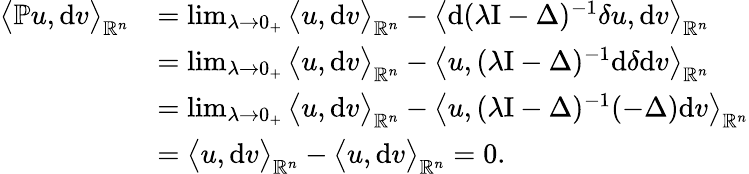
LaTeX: \begin{array}{rl}{\big\langle{\mathbb{P}}u,\mathrm{d}v\big\rangle_{\mathbb{R}^{n}}}&{=\operatorname*{lim}_{\lambda\rightarrow 0_{+}}\big\langle u,\mathrm{d}v\big\rangle_{\mathbb{R}^{n}}-\big\langle\mathrm{d}(\lambda\mathrm{I}-\Delta)^{-1}\delta u,\mathrm{d}v\big\rangle_{\mathbb{R}^{n}}}\\ &{=\operatorname*{lim}_{\lambda\rightarrow 0_{+}}\big\langle u,\mathrm{d}v\big\rangle_{\mathbb{R}^{n}}-\big\langle u,(\lambda\mathrm{I}-\Delta)^{-1}\mathrm{d}\delta\mathrm{d}v\big\rangle_{\mathbb{R}^{n}}}\\ &{=\operatorname*{lim}_{\lambda\rightarrow 0_{+}}\big\langle u,\mathrm{d}v\big\rangle_{\mathbb{R}^{n}}-\big\langle u,(\lambda\mathrm{I}-\Delta)^{-1}(-\Delta)\mathrm{d}v\big\rangle_{\mathbb{R}^{n}}}\\ &{=\big\langle u,\mathrm{d}v\big\rangle_{\mathbb{R}^{n}}-\big\langle u,\mathrm{d}v\big\rangle_{\mathbb{R}^{n}}=0\mathrm{.~}}\end{array}